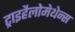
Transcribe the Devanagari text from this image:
ट्राइहैलोमेथेन्स